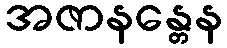
အဇာနန္တေန